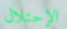
الإحتلال